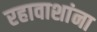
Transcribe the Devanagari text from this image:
रहावाशांना